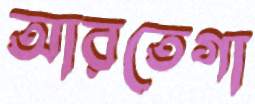
আরতেগা